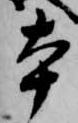
本